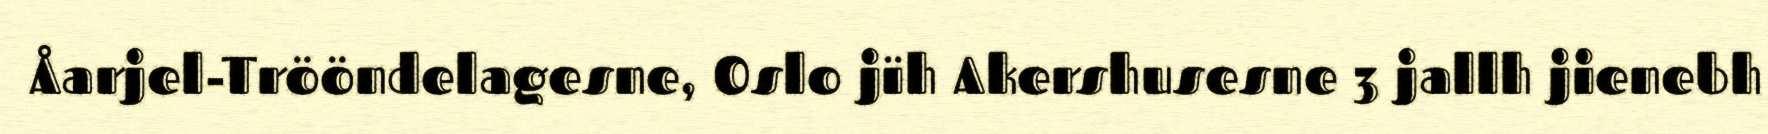
Åarjel-Trööndelagesne, Oslo jïh Akershusesne 3 jallh jienebh